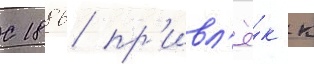
С 1886 пр'ивл'ё́к к